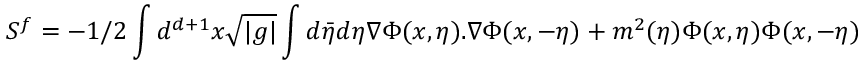
S ^ { f } = - 1 / 2 \int d ^ { d + 1 } x \sqrt { | g | } \int d \bar { \eta } d \eta \nabla \Phi ( x , \eta ) . \nabla \Phi ( x , - \eta ) + m ^ { 2 } ( \eta ) \Phi ( x , \eta ) \Phi ( x , - \eta )